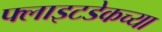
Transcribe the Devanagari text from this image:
फ्लाइटडेकच्या